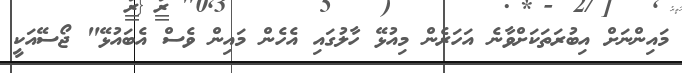
މައިންނަށް އިބުރަތަކަށްވާނެ އަހަރެން މިއުޅޭ ހާލުގައި އެހެން މައިން ވެސް އެބައުޅޭ" ޖޯސޭއަކީ